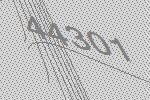
44301